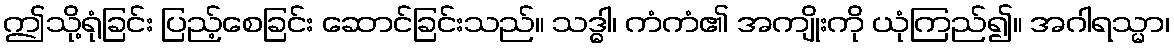
ဤသို့ရုံခြင်း ပြည့်စေခြင်း ဆောင်ခြင်းသည်။ သဒ္ဓါ၊ ကံကံ၏ အကျိုးကို ယုံကြည်၍။ အဂါရသ္မာ၊